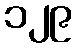
၁၂၉